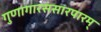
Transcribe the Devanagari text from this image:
गुणागारसंसारपारम्